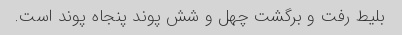
بلیط رفت و برگشت چهل و شش پوند پنجاه پوند است.